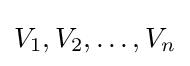
V_{1},V_{2},\dots ,V_{n}